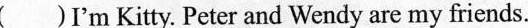
（）I'm Kitty. Peter and Wendy are my friends.